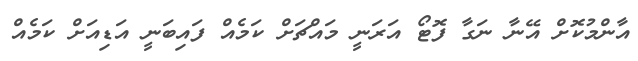
އާންމުކޮށް އޭނާ ނަގާ ފޮޓޯ އަރަނީ މައްޗަށް ކަމެއް ފައިބަނީ އަޑިއަށް ކަމެއް